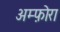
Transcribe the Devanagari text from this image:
अम्फ़ोरा